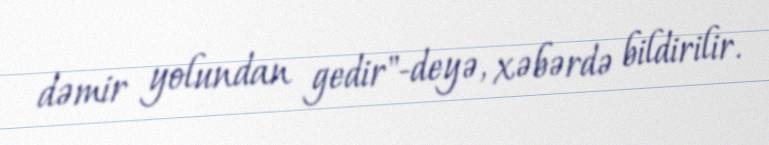
dəmir yolundan gedir"-deyə, xəbərdə bildirilir.